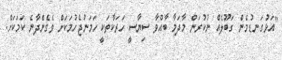
"އަޅުގަނޑުމެން ގަބޫލެއް ނުކުރަން މާދަމާ ބާއްވާ ސިޔާސީ ހަރަކާތަކީ ހަމަނުޖެހުމަކަށް ވެގެންދާނެ ކަމަކަށް.